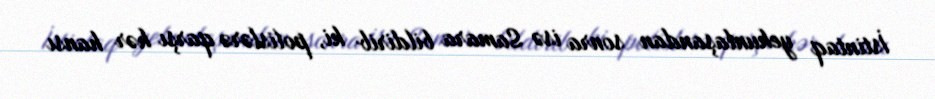
İstintaq yekunlaşandan sonra isə Samara bildirib ki, polislərə qarşı hər hansı